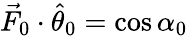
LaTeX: \vec{F}_{0}\cdot\hat{\theta}_{0}=\cos\alpha_{0}